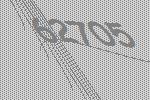
62705